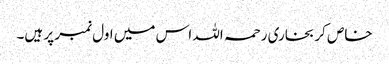
خاص کر بخاری رحمہ اللہ اس میں اول نمبر پر ہیں۔